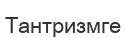
Тантризмге